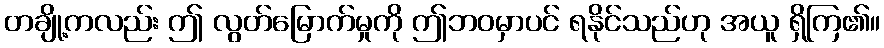
တချို့ကလည်း ဤ လွတ်မြောက်မှုကို ဤဘဝမှာပင် ရနိုင်သည်ဟု အယူ ရှိကြ၏။